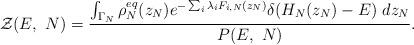
LaTeX: \begin{align*}\mathcal{Z}(E,\ N) = \frac{\int_{\Gamma_N} \rho_N^{eq}(z_N) e^{-\sum_i\lambda_iF_{i,N}(z_N)} \delta(H_N(z_N) - E)\ dz_N} {P(E,\ N)}.\end{align*}